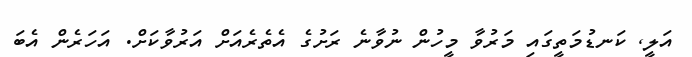
އަލީ